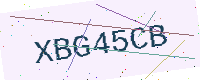
Text: XBG45CB